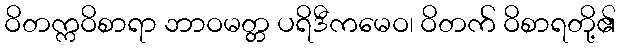
ဝိတက္ကဝိစာရာ ဘာဝမတ္တ ပရိဒီကမေဝ၊ ဝိတက် ဝိစာရတို့၏